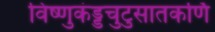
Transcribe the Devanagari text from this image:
विष्णुकंड्डचुटुसातकर्णि